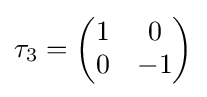
\tau _{3}={\begin{pmatrix}1&0\\0&-1\end{pmatrix}}